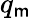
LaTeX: q_{\mathsf{m}}